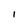
Character: I